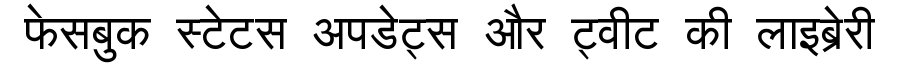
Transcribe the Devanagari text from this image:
फेसबुक स्टेटस अपडेट्स और ट्वीट की लाइब्रेरी